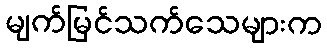
မျက်မြင်သက်သေများက